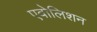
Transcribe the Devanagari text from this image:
एवोलिशन